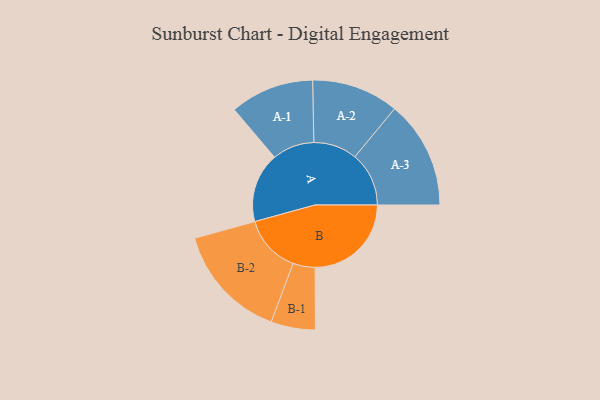
{"axis": {"x": "Segment", "y": "Value"}, "legend": ["", "A", "B"], "data": [{"x": "A", "y": 359, "type": ""}, {"x": "B", "y": 495, "type": ""}, {"x": "A-1", "y": 216, "type": "A"}, {"x": "A-2", "y": 224, "type": "A"}, {"x": "A-3", "y": 278, "type": "A"}, {"x": "B-1", "y": 114, "type": "B"}, {"x": "B-2", "y": 298, "type": "B"}]}